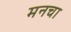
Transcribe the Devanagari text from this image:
मनचा